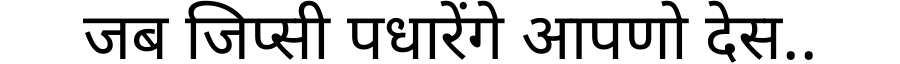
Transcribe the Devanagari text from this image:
जब जिप्सी पधारेंगे आपणो देस..